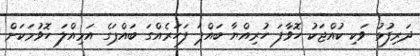
ދަރިފުޅު ވަކި ކުއްޖަކު ހޮވާފަ ހުރިއްޔާ ބައްޕަ ފަހަރެއްގަ ބައްޕަގެ އަމިއްލަ ހޮވުމަކަށް